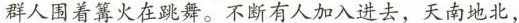
群人围着篝火在跳舞。不断有人加入进去，天南地北，